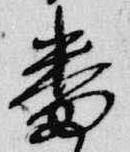
番